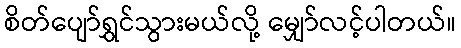
စိတ်ပျော်ရွှင်သွားမယ်လို့ မျှော်လင့်ပါတယ်။